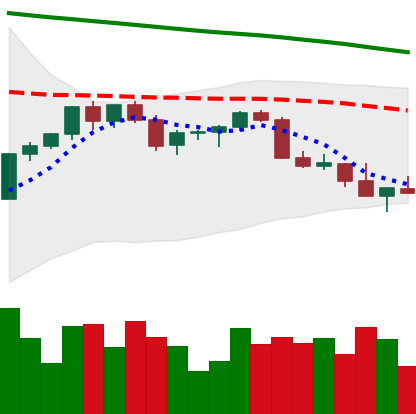
Ticker: XMR-USD
Chart end date: 2022-02-23
Forward return: 14.129%
Label: up_7plus